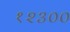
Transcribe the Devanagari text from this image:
१२३००